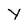
Character: y